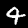
Label: 4